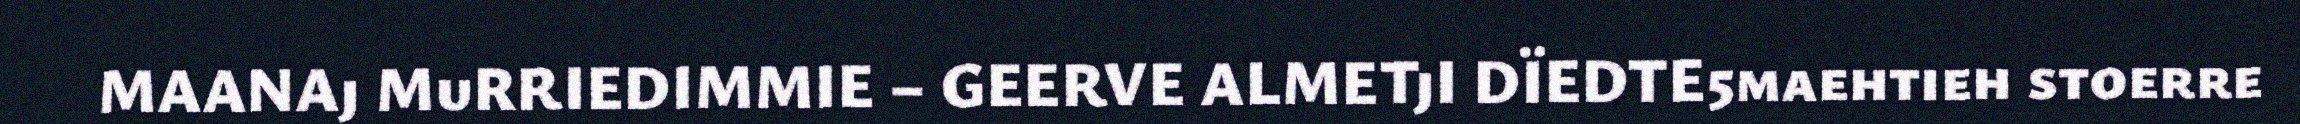
MAANAj MuRRIEDIMMIE – GEERVE ALMETjI DÏEDTE5maehtieh stoerre